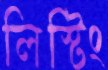
লিস্টিং